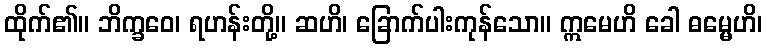
ထိုက်၏။ ဘိက္ခဝေ၊ ရဟန်းတို့။ ဆဟိ၊ ခြောက်ပါးကုန်သော။ ဣမေဟိ ခေါ ဓမ္မေဟိ၊